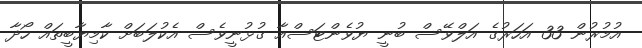
އުމުރުން 33 އަހަރުގެ އަލްވޭސް ބުނީ ޔުވެންޓަސްއާ ގުޅުނީވެސް އެކުލަބަށް ކާމިޔާބީތައް ހޯދާ